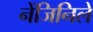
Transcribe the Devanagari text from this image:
नेंजिनिले